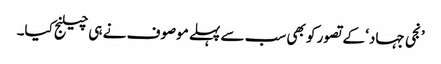
’نجی جہاد‘ کے تصور کو بھی سب سے پہلے موصوف نے ہی چیلنج کیا۔